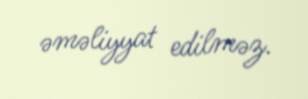
əməliyyat edilməz.